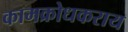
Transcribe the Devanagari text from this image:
कामक्रोधकराय